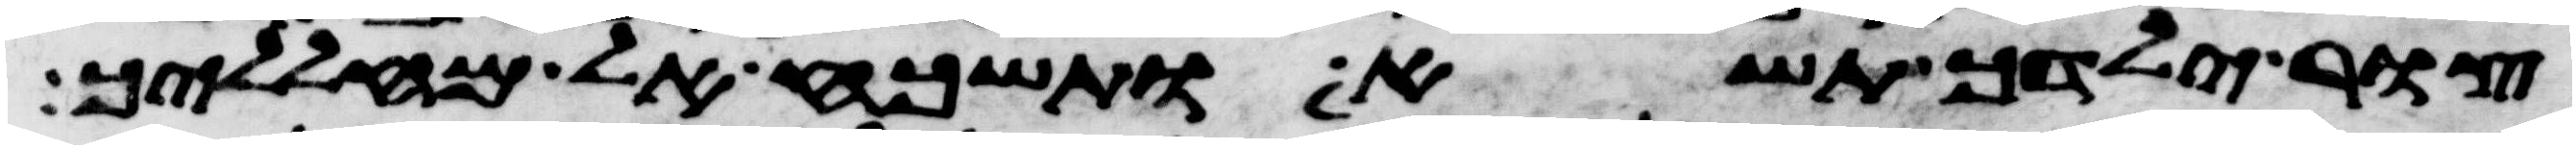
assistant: צור ילדך תשא ותשכח אל מהללך